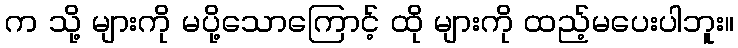
က သို့ များကို မပို့သောကြောင့် ထို များကို ထည့်မပေးပါဘူး။